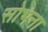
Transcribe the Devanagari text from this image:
सोभना